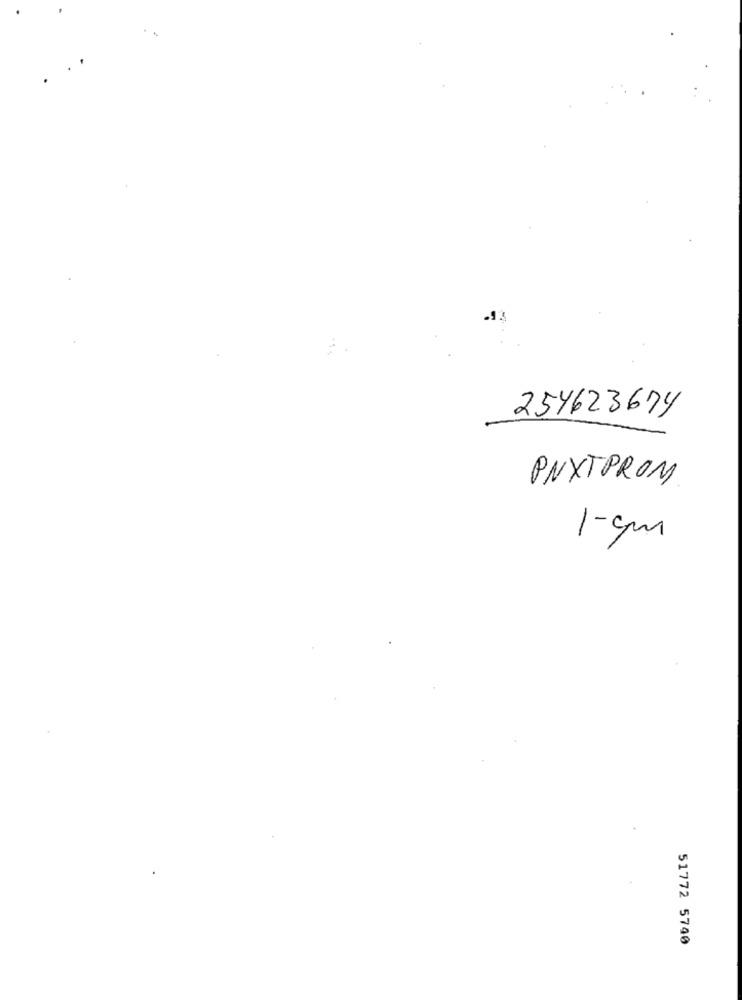
257623674
PNXTPROM
1-cm
51772 5740